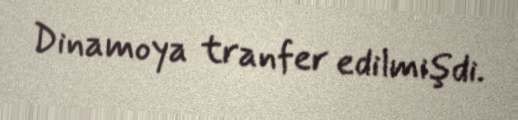
Dinamoya tranfer edilmişdi.